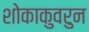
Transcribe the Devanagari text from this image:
शोकाकुवरुन